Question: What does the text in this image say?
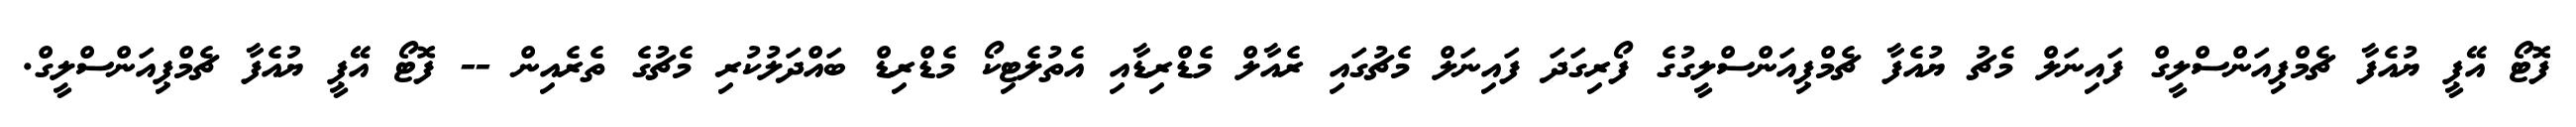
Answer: ފޮޓޯ އޭޕީ ޔުއެފާ ޗެމްޕިއަންސްލީގް ފައިނަލް މެޗު ޔުއެފާ ޗެމްޕިއަންސްލީގުގެ ފޯރިގަދަ ފައިނަލް މެޗުގައި ރެއާލް މެޑްރިޑާއި އެތުލެޓިކޯ މެޑްރިޑް ބައްދަލުކުރި މެޗުގެ ތެރެއިން -- ފޮޓޯ އޭޕީ ޔުއެފާ ޗެމްޕިއަންސްލީގް.